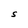
Character: S